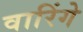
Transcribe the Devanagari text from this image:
वारिंगे